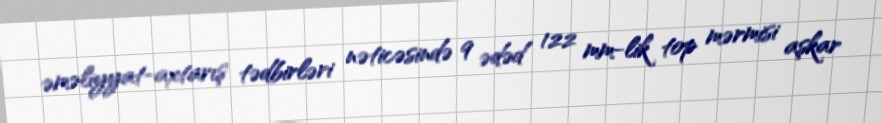
əməliyyat-axtarış tədbirləri nəticəsində 9 ədəd 122 mm-lik top mərmisi aşkar